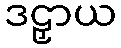
ဒဠှာယ